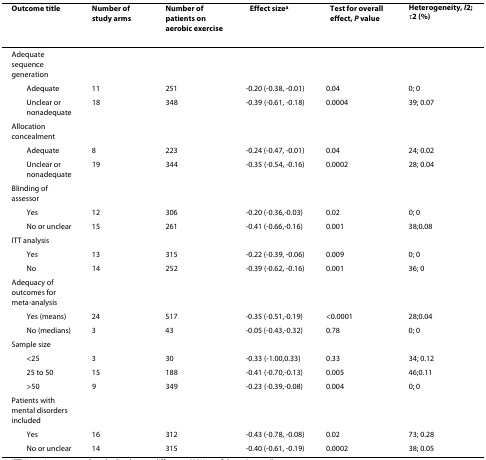
| Outcome title | Number of study arms | Number of patients on aerobic exercise | Effect sizea | Test for overall effect, P value | Heterogeneity, I2; τ2 (%) |
 | --- | --- | --- | --- | --- | --- |
 | Adequate sequence generation |  |  |  |  |  |
 | Adequate | 11 | 251 | -0.20 (-0.38, -0.01) | 0.04 | 0; 0 |
 | Unclear or nonadequate | 18 | 348 | -0.39 (-0.61, -0.18) | 0.0004 | 39; 0.07 |
 | Allocation concealment |  |  |  |  |  |
 | Adequate | 8 | 223 | -0.24 (-0.47, -0.01) | 0.04 | 24; 0.02 |
 | Unclear or nonadequate | 19 | 344 | -0.35 (-0.54, -0.16) | 0.0002 | 28; 0.04 |
 | Blinding of assessor |  |  |  |  |  |
 | Yes | 12 | 306 | -0.20 (-0.36,-0.03) | 0.02 | 0; 0 |
 | No or unclear | 15 | 261 | -0.41 (-0.66,-0.16) | 0.001 | 38;0.08 |
 | ITT analysis |  |  |  |  |  |
 | Yes | 13 | 315 | -0.22 (-0.39, -0.06) | 0.009 | 0; 0 |
 | No | 14 | 252 | -0.39 (-0.62, -0.16) | 0.001 | 36; 0 |
 | Adequacy of outcomes for meta-analysis |  |  |  |  |  |
 | Yes (means) | 24 | 517 | -0.35 (-0.51,-0.19) | <0.0001 | 28;0.04 |
 | No (medians) | 3 | 43 | -0.05 {-0.43,-0.32) | 0.78 | 0; 0 |
 | Sample size |  |  |  |  |  |
 | <25 | 3 | 30 | -0.33 (-1.00,0.33) | 0.33 | 34; 0.12 |
 | 25 to 50 | 15 | 188 | -0.41 (-0.70,-0.13) | 0.005 | 46;0.11 |
 | >50 | 9 | 349 | -0.23 (-0.39,-0.08) | 0.004 | 0; 0 |
 | Patients with mental disorders included |  |  |  |  |  |
 | Yes | 16 | 312 | -0.43 (-0.78, -0.08) | 0.02 | 73; 0.28 |
 | No or unclear | 14 | 315 | -0.40 (-0.61, -0.19) | 0.0002 | 38; 0.05 |